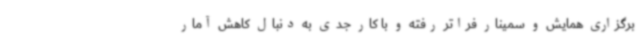
برگزاری همایش و سمینار فراتر رفته و با کار جدی به دنبال کاهش آمار